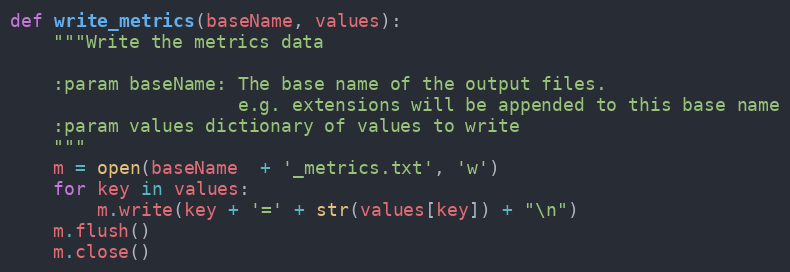
Language: Python
def write_metrics(baseName, values):
    """Write the metrics data

    :param baseName: The base name of the output files.
                     e.g. extensions will be appended to this base name
    :param values dictionary of values to write
    """
    m = open(baseName  + '_metrics.txt', 'w')
    for key in values:
        m.write(key + '=' + str(values[key]) + "\n")
    m.flush()
    m.close()